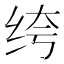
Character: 绔